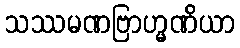
သဿမဏဗြာဟ္မဏိယာ